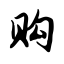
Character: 购